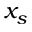
x _ { s }